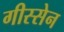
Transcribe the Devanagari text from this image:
गीस्सेन